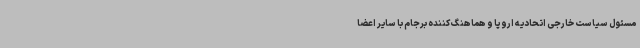
مسئول سیاست خارجی اتحادیه اروپا و هماهنگ کننده برجام با سایر اعضا